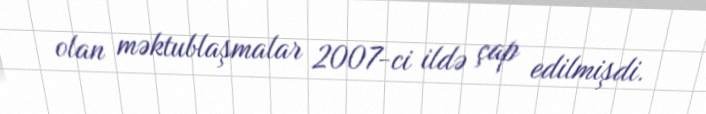
olan məktublaşmalar 2007-ci ildə çap edilmişdi.